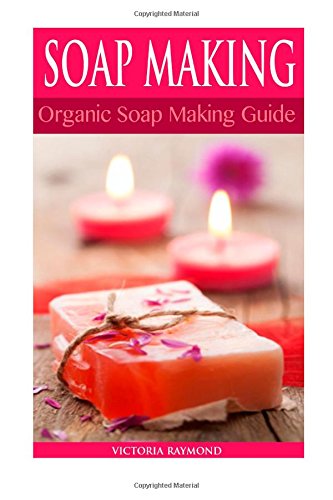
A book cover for SOAP MAKING: Soap Making For Beginners: *** BONUS SOAP RECIPES INCLUDED! ***: How To Make Luxurious Natural Handmade Soaps (DIY Soap Making - Soap Making ... Cleaning And Organizing - DIY - Self Help); Victoria Raymond; Crafts, Hobbies & Home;